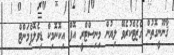
ޤާނޫނީގޮތުން ގެޒެޓްކުރެވޭ ލިޔުން މިނިސްޓްރީ އޮފް އިކޮނޮމިކް ޑިވެލޮޕްމަންޓް